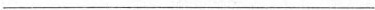
___